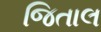
જિતાલ